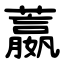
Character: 䕦